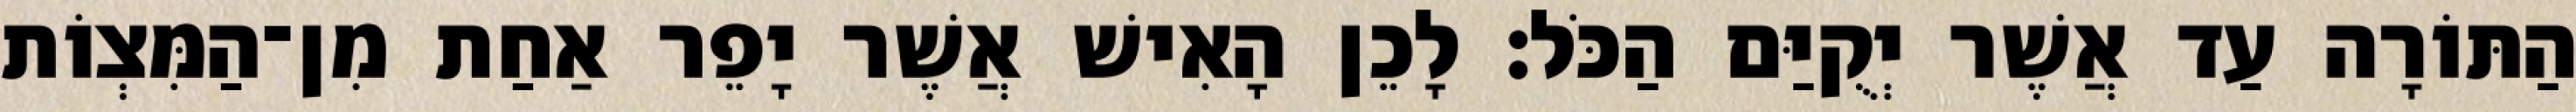
הַתּוֹרָה עַד אֲשֶׁר יְקֻיַּם הַכֹּל׃ לָכֵן הָאִישׁ אֲשֶׁר יָפֵר אַחַת מִן־הַמִּצְוֹת